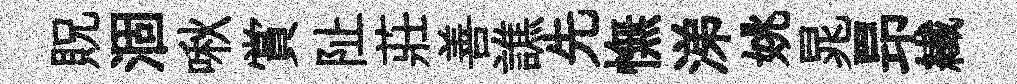
貺涸啾賞阯莊善譙先憮涕姚晁昻纎